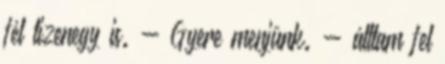
fél tizenegy is. - Gyere menjünk. - álltam fel